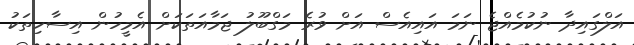
އަލްގައިދާ ނުކުމެއްޖެ ނަމަ އައިއެސް އަށް ވުރެ މަގްބޫލު ޖަމާއަތަކަށް އެމީހުން އިސާހިތަކު